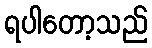
ရပါတော့သည်